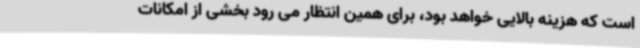
است که هزینه بالایی خواهد بود، برای همین انتظار می رود بخشی از امکانات